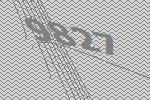
9827